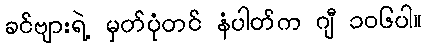
ခင်ဗျားရဲ့ မှတ်ပုံတင် နံပါတ်က ဂျီ ၁၀၆ပါ။